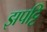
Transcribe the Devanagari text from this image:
झपट्टि